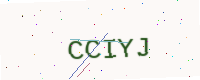
Text: CCIYJ